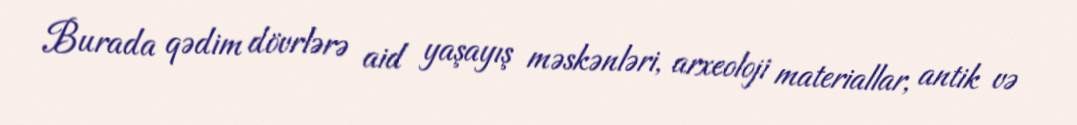
Burada qədim dövrlərə aid yaşayış məskənləri, arxeoloji materiallar, antik və